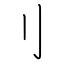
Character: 刂